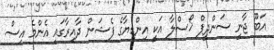
އަބޫ ޖާނީ ސަންދީޕް ޚޯސްލާ އަކީ އިންޑިޔާގެ ފެޝަން ދާއިރާގައި އެންމެ އިސް